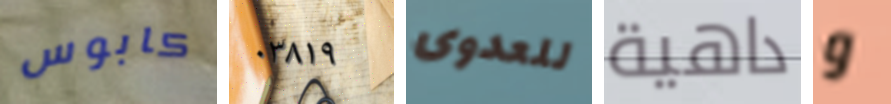
كابوس ٠٣٨١٩ للعدوى داهية و